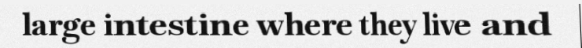
large intestine where they live and